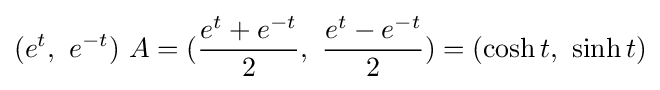
(e^{t},\ e^{-t})\ A=({\frac {e^{t}+e^{-t}}{2}},\ {\frac {e^{t}-e^{-t}}{2}})=(\cosh t,\ \sinh t)